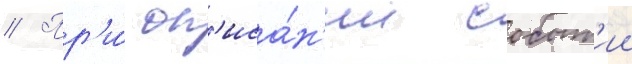
// Пр'и́ оп'иса́н'ии событ'ии